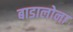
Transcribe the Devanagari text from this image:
बाडालोना